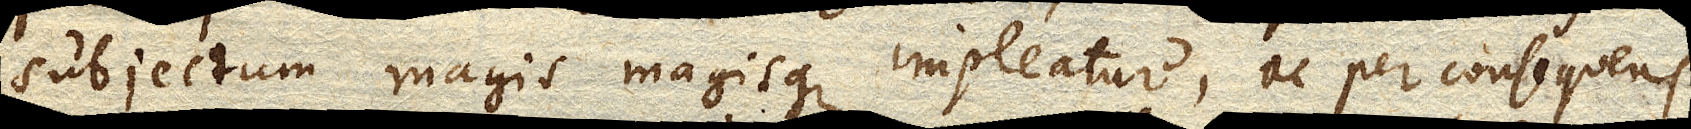
subjectum magis magisque impleatur, ac per consequens